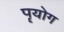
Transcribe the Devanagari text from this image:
पॄयोग